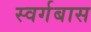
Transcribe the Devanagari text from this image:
स्वर्गबास